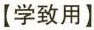
【学致用】